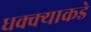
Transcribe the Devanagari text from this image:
धक्क्याकडे